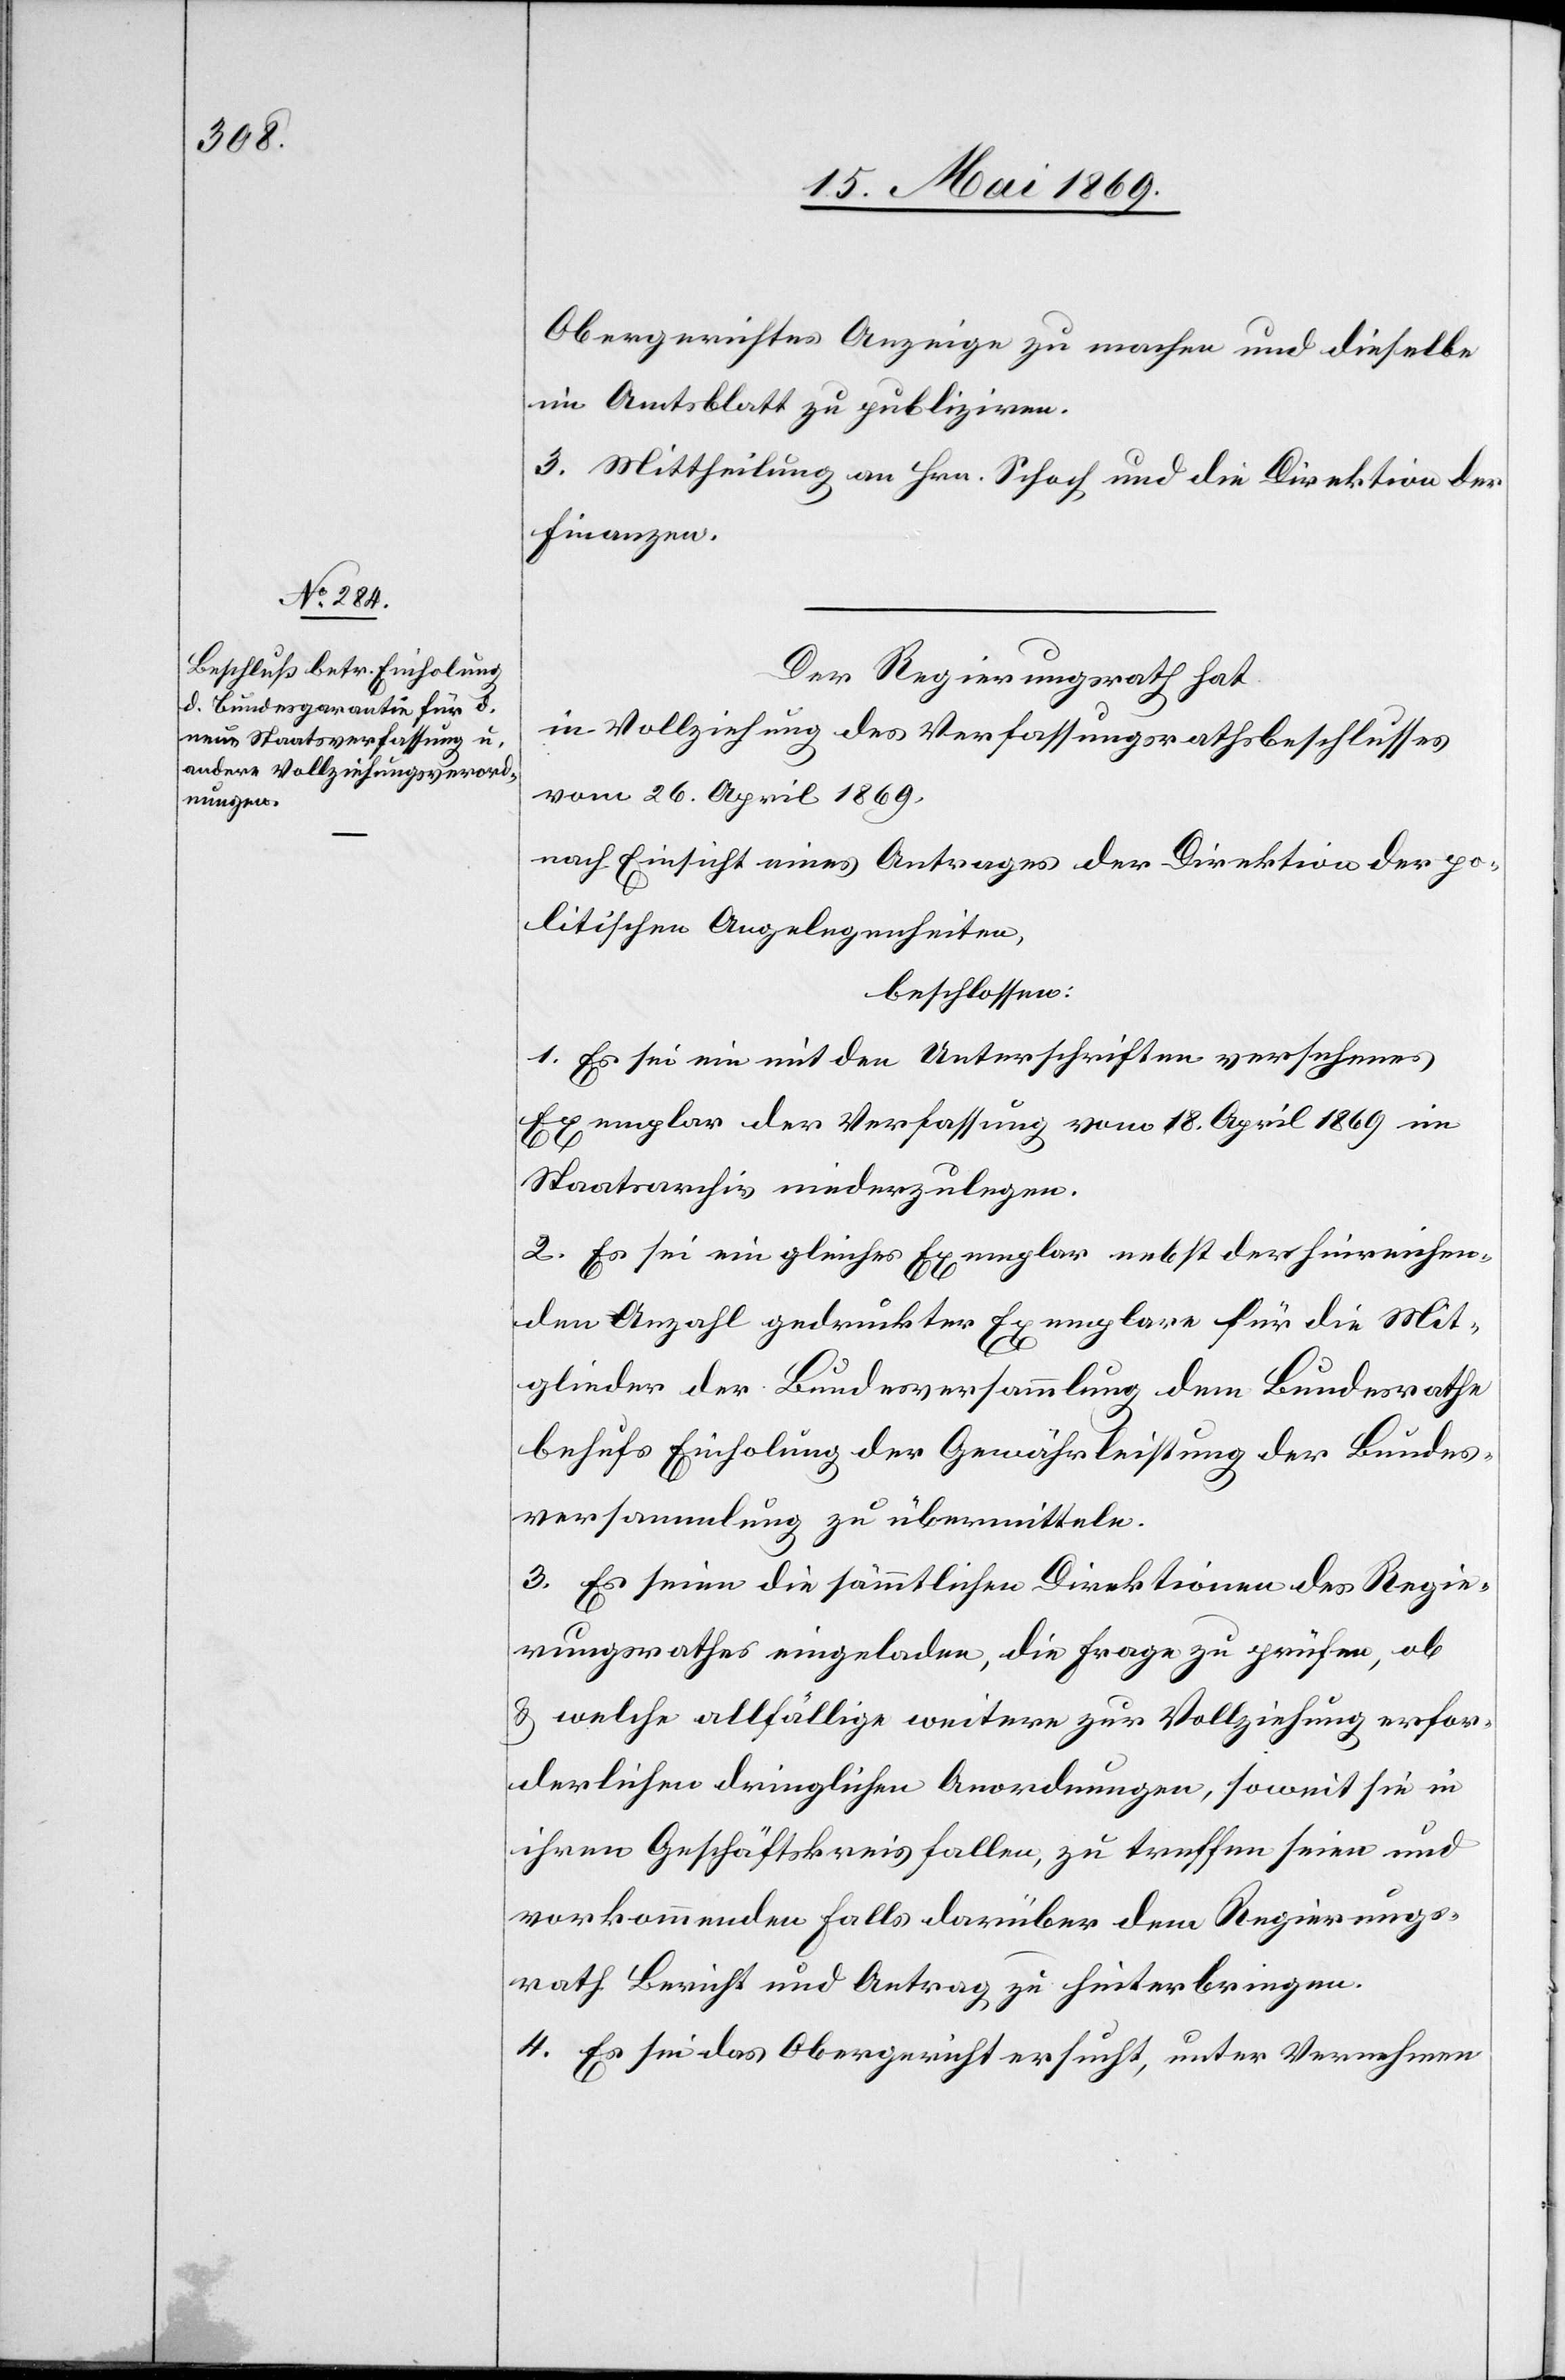
Obergerichtes Anzeige zu machen und dieselbe
im Amtsblatt zu publiziren.
3. Mittheilung an Hrn. Schoch und die Direktion der
Finanzen.
Der Regierungsrath hat
in Vollziehung des Verfassungsrathsbeschlusses
vom 26 April 1869,
nach Einsicht eines Antrages der Direktion der po¬
litischen Angelegenheiten,
beschlossen:
1. Es sei ein mit den Unterschriften versehenes
Exemplar der Verfassung vom 18 April 1869 im
Staatsarchiv niederzulegen.
2. Es sei ein gleiches Exemplar nebst der hinreichen¬
den Anzahl gedruckter Exemplare für die Mit¬
glieder der Bundesversammlung dem Bundesrathe
behufs Einholung der Gewährleistung der Bundes¬
versammlung zu übermitteln.
3. Es seien die sämmtlichen Direktionen des Regie¬
rungsrathes eingeladen, die Frage zu prüfen, ob
u. welche allfällige Anordnungen, soweit sie in ihren
vorkommenden Falls darüber dem Regierungs¬
rath Bericht und Antrag zu hinterbringen.
4. Es sei das Obergericht ersucht, unter Vernehmen